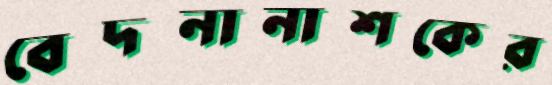
বেদনানাশকের